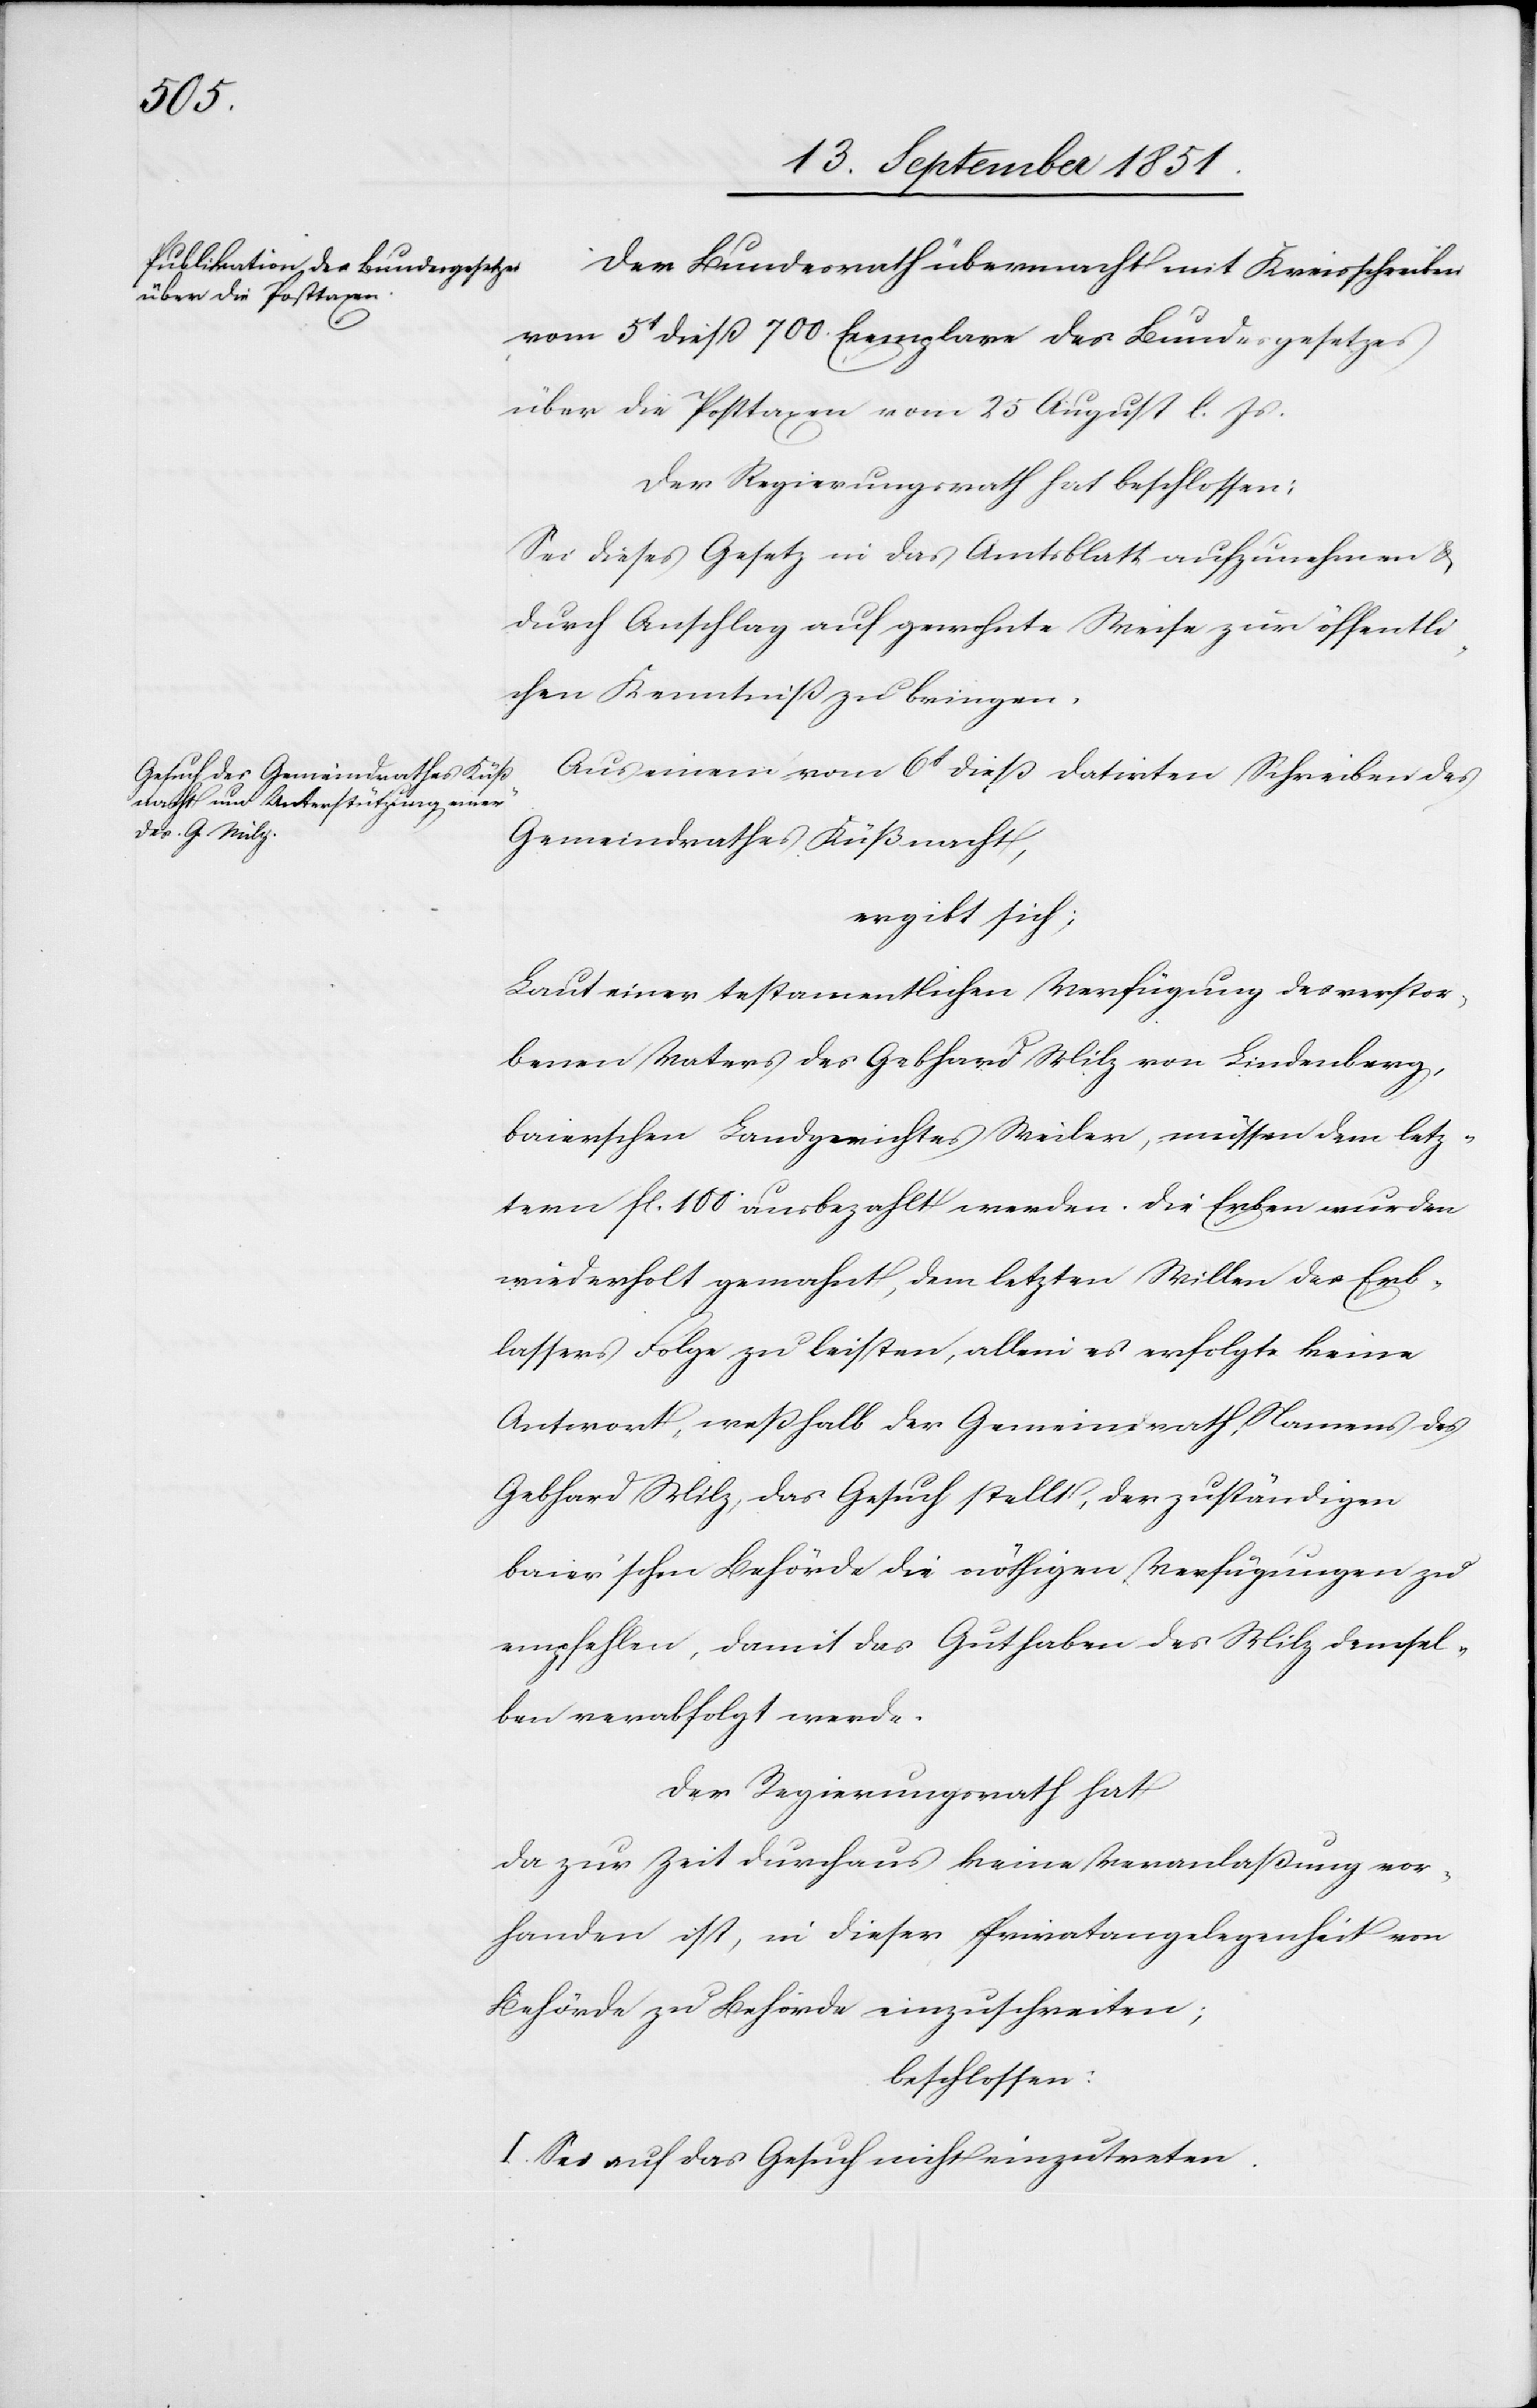
Der Bundesrath übermacht mit Kreisschreiben
vom 5t dieß 700. Exemplare des Bundesgesetzes
über die Posttaxen vom 25 August l. Js.
Der Regierungsrath hat beschlossen:
Sei dieses Gesetz in das Amtsblatt aufzunehmen &
durch Anschlag auf gewohnte Weise zur öffentli¬
chen Kenntniß zu bringen.
Aus einem vom 6t dieß datirten Schreiben des
Gemeindrathes Küßnacht,
ergibt sich:
Laut einer testamentlichen Verfügung des verstor¬
benen Vaters des Gebhard Milz von Lindenberg,
baierschen Landgerichtes Weiler, müssen dem letz¬
tern fl. 100 ausbezahlt werden. Die Erben wurden
wiederholt gemahnt, dem letzten Willen des Erb¬
lassers Folge zu leisten, allein es erfolgte keine
Antwort, weßhalb der Gemeindrath, Namens des
Gebhard Milz, das Gesuch stellt, der zuständigen
baier’schen Behörde die nöthigen Verfügungen zu
empfehlen, damit das Guthaben des Milz demsel¬
ben verabfolgt werde.
Der Regierungsrath hat
da zur Zeit durchaus keine Veranlaßung vor¬
handen ist, in dieser Privatangelegenheit von
Behörde zu Behörde einzuschreiten;
beschlossen:
I. Sei auf das Gesuch nicht einzutreten.